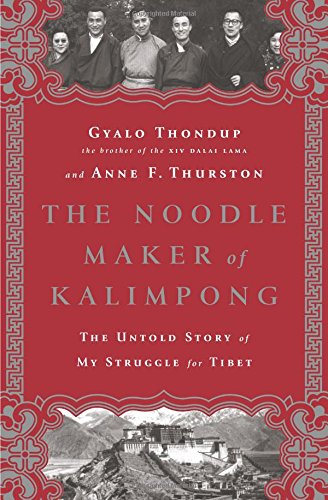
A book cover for The Noodle Maker of Kalimpong: The Untold Story of My Struggle for Tibet; Gyalo Thondup; Biographies & Memoirs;